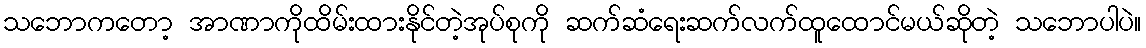
သဘောကတော့ အာဏာကိုထိမ်းထားနိုင်တဲ့အုပ်စုကို ဆက်ဆံရေးဆက်လက်ထူထောင်မယ်ဆိုတဲ့ သဘောပါပဲ။